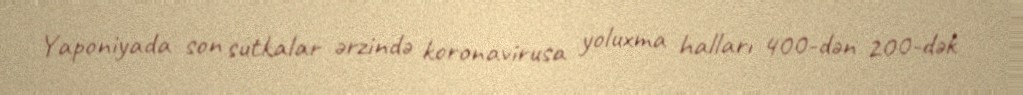
Yaponiyada son sutkalar ərzində koronavirusa yoluxma halları 400-dən 200-dək